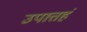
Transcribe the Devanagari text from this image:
उपात्तहं